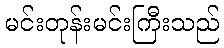
မင်းတုန်းမင်းကြီးသည်